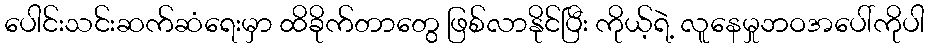
ပေါင်းသင်းဆက်ဆံရေးမှာ ထိခိုက်တာတွေ ဖြစ်လာနိုင်ပြီး ကိုယ့်ရဲ့ လူနေမှုဘဝအပေါ်ကိုပါ